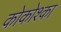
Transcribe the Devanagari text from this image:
कोकोश्का